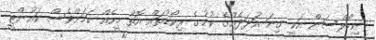
ނިކޯލްސަން އަކީ ގިނަ އަދަދެއްގެ ކުށުގެ ރިކޯޑުތައް އޮތް މީހެއް ކަމަށްވެސް ކައުންޓީ